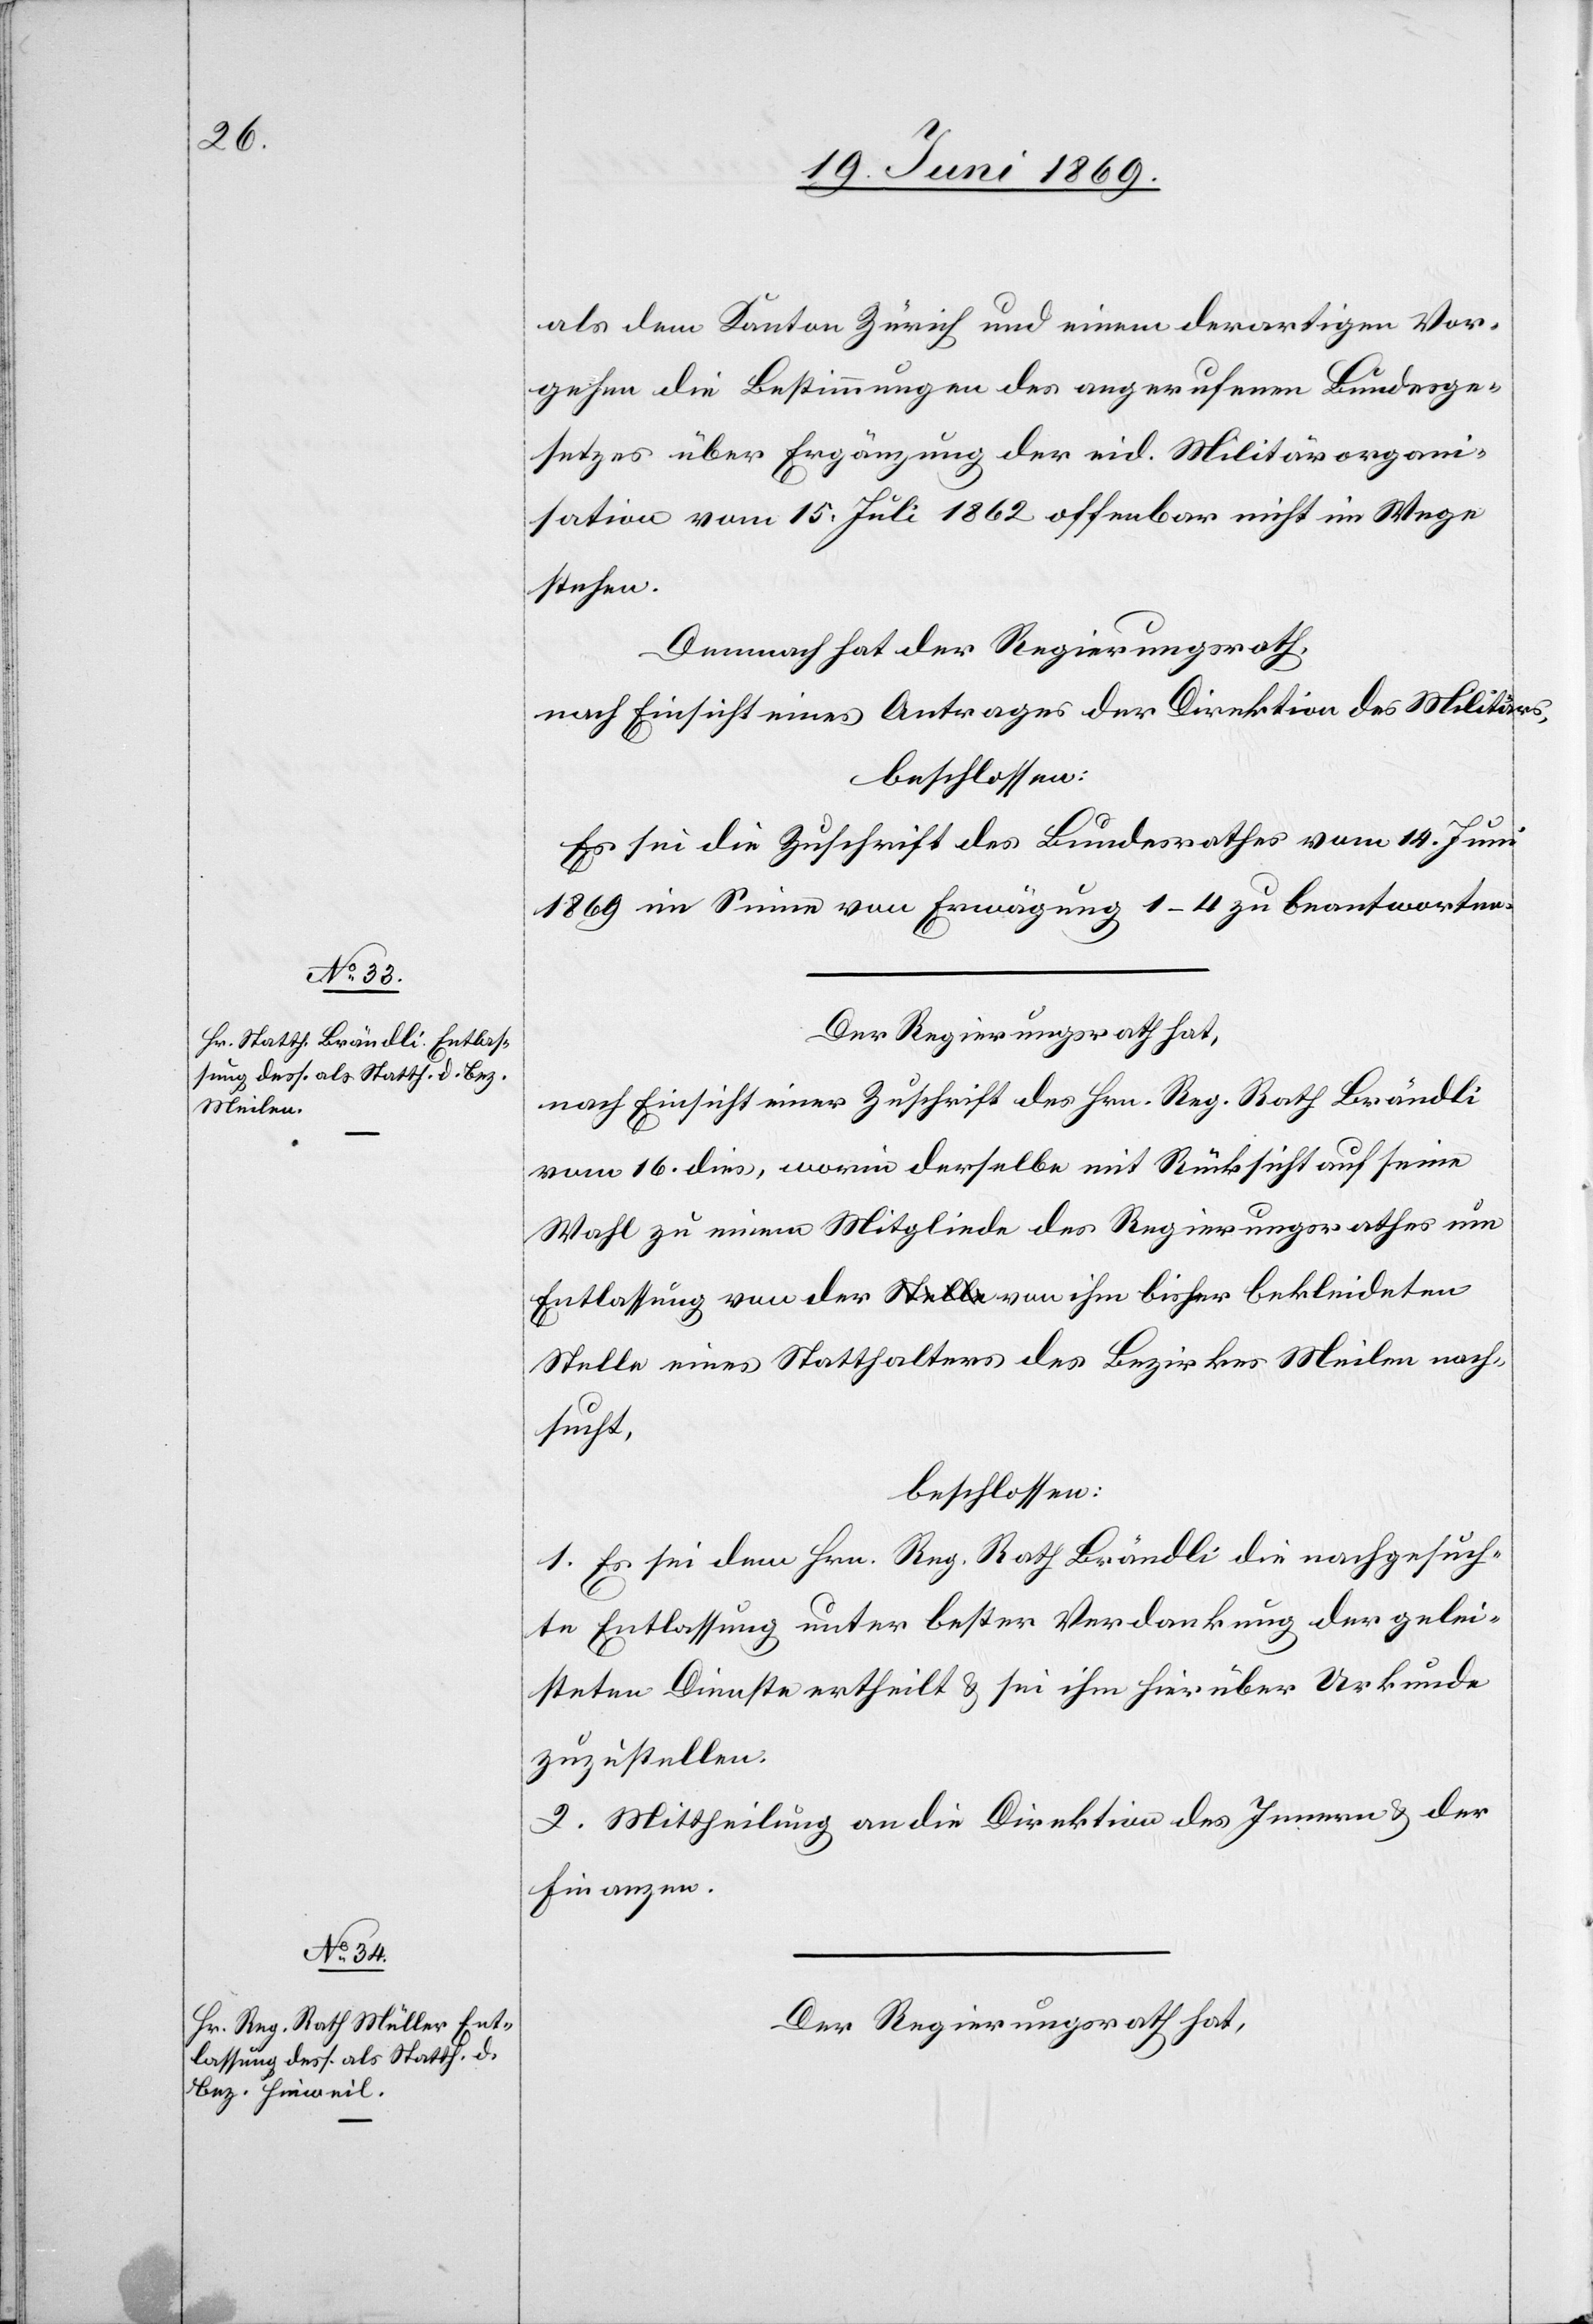
als dem Kanton Zürich und einen derartigen Vor¬
gehen die Bestimmungen des angerufenen Bundesge¬
setzes über Ergänzung der eid. Militärorgani¬
sation vom 15. Juli 1862 offenbar nicht im Wege
stehen.
Demnach hat der Regierungsrath,
nach Einsicht eines Antrages der Direktion des Militärs,
beschlossen:
Es sei die Zuschrift des Bundesrathes vom 14. Juni
1869 im Sinne von Erwägung 1–4 zu beantworten.
Der Regierungsrath hat,
nach Einsicht einer Zuschrift des Hrn. Reg. Rath Brändli
vom 16 dies, worin derselbe mit Rücksicht auf seine
Wahl zu einem Mitgliede des Regierungsrathes um
Entlassung von der von ihm bisher bekleideten
Stelle eines Statthalters des Bezirkes Meilen nach¬
sucht,
beschlossen:
1. Es sei dem Hrn. Reg. Rath Brändli die nachgesuch¬
te Entlassung unter bester Verdankung der gelei¬
steten Dienste ertheilt u. sei ihm hierüber Urkunde
zuzustellen.
2. Mittheilung an die Direktion des Innern u. der
Finanzen.
Der Regierungsrath hat,